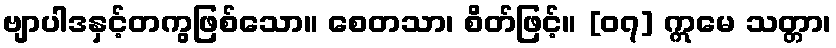
ဗျာပါဒနှင့်တကွဖြစ်သော။ စေတသာ၊ စိတ်ဖြင့်။ [၀၇] ဣမေ သတ္တာ၊